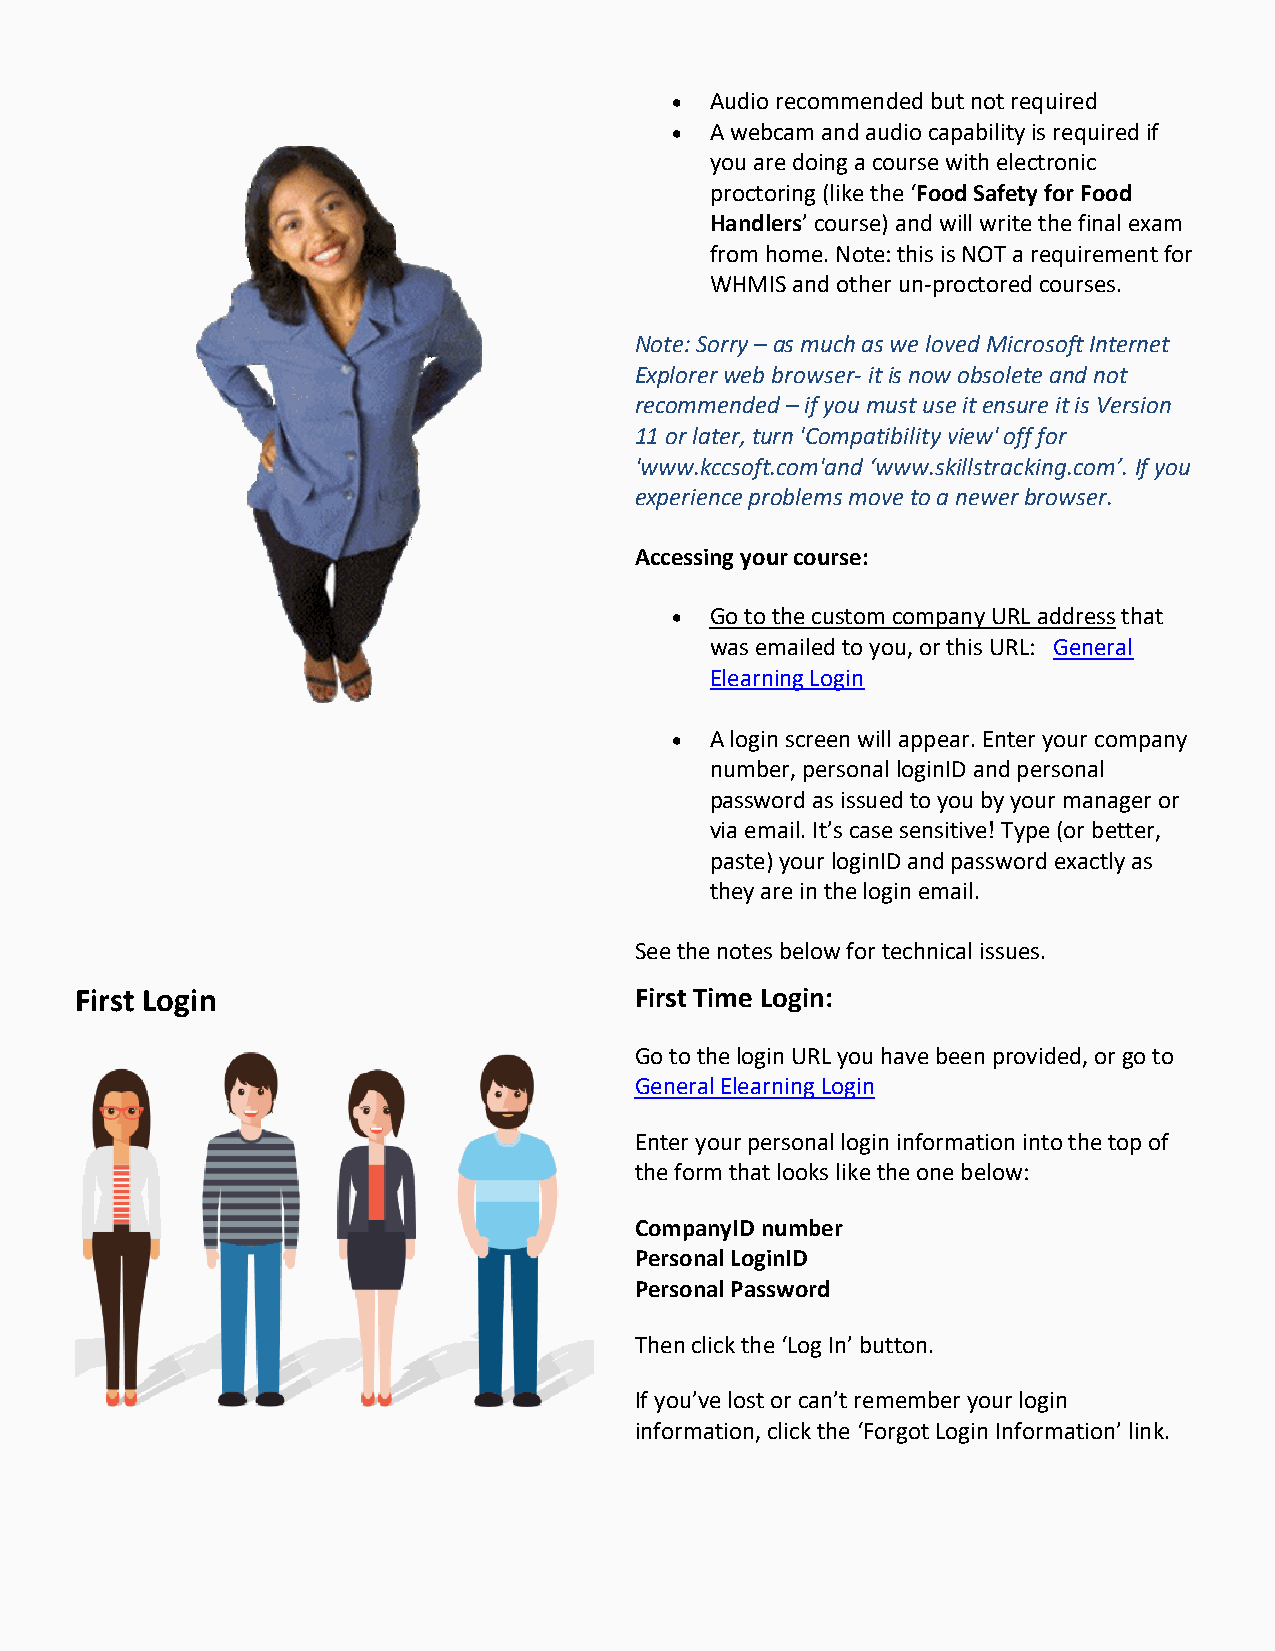
  Audio recommended but not required
   A webcam and audio capability is required if
 you are doing a course with electronic
 proctoring (like the ‘Food Safety for Food
 Handlers’ course) and will write the final exam
 from home. Note: this is NOT a requirement for
 WHMIS and other un-proctored courses.
 Note: Sorry – as much as we loved Microsoft Internet
 Explorer web browser- it is now obsolete and not
 recommended – if you must use it ensure it is Version
 11 or later, turn 'Compatibility view' off for
 'www.kccsoft.com'and ‘www.skillstracking.com’. If you
 experience problems move to a newer browser.
 Accessing your course:
   Go to the custom company URL address that
 was emailed to you, or this URL: General
 Elearning Login
   A login screen will appear. Enter your company
 number, personal loginID and personal
 password as issued to you by your manager or
 via email. It’s case sensitive! Type (or better,
 paste) your loginID and password exactly as
 they are in the login email.
 See the notes below for technical issues.
 First Login                          First Time Login:
 Go to the login URL you have been provided, or go to
 General Elearning Login
 Enter your personal login information into the top of
 the form that looks like the one below:
 CompanyID number
 Personal LoginID
 Personal Password
 Then click the ‘Log In’ button.
 If you’ve lost or can’t remember your login
 information, click the ‘Forgot Login Information’ link.